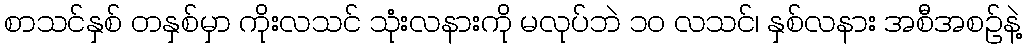
စာသင်နှစ် တနှစ်မှာ ကိုးလသင် သုံးလနားကို မလုပ်ဘဲ ၁၀ လသင်၊ နှစ်လနား အစီအစဉ်နဲ့